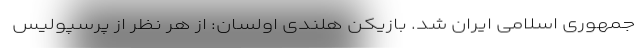
جمهوری اسلامی ایران شد. بازیکن هلندی اولسان: از هر نظر از پرسپولیس